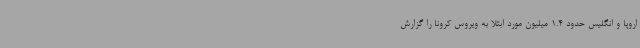
اروپا و انگلیس حدود 1.4 میلیون مورد ابتلا به ویروس کرونا را گزارش